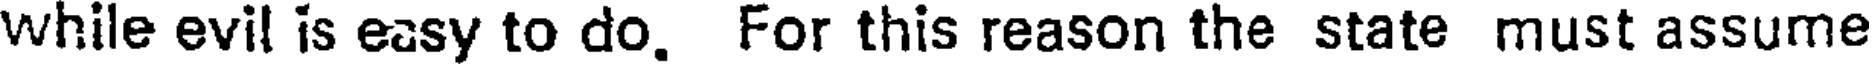
while evil is easy to do. For this reason the state must assume